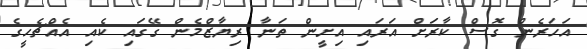
އަހަރެން ގޮސް ކާރަށް އަރައި އިށީން ތަނާ ރިޔާޒްމެން ގޭގައި ކެއި އެއްޗެހީގެ